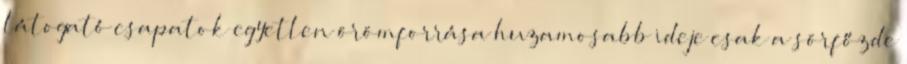
látogató csapatok egyetlen örömforrása huzamosabb ideje csak a sörfőzde